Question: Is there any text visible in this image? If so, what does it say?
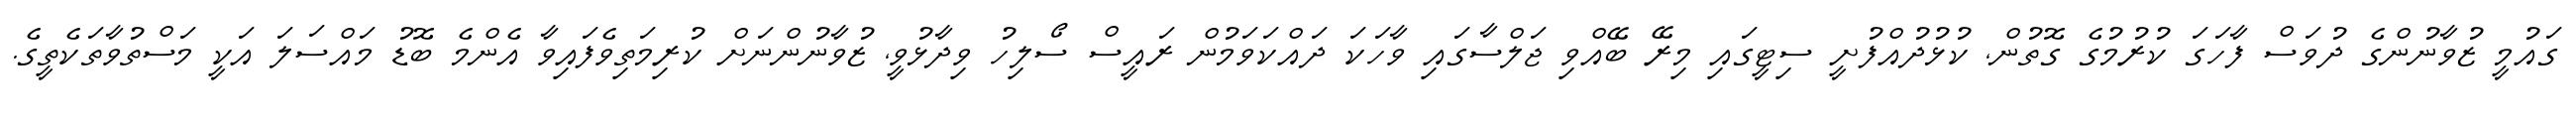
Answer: ގައުމީ ޒުވާނުންގެ ދުވަސް ފާހަގަ ކުރުމުގެ ގޮތުން, ކުޅުދުއްފުށީ ސިޓީގައި މިރޭ ބޭއްވި ޖަލްސާގައި ވާހަކަ ދައްކަވަމުން ރައީސް ސޯލިހު ވިދާޅުވީ, ޒުވާނުންނަށް ކުރިމަތިވެފައިވާ އެންމެ ބޮޑު މައްސަލަ އަކީ މަސްތުވާތަކެތީގެ.